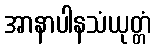
အာနာပါနသံယုတ္တံ